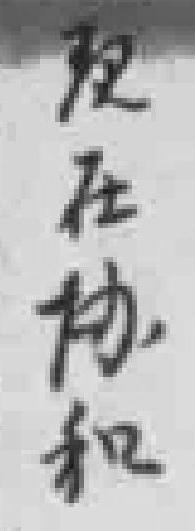
现在协和